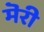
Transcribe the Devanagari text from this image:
मॆरी